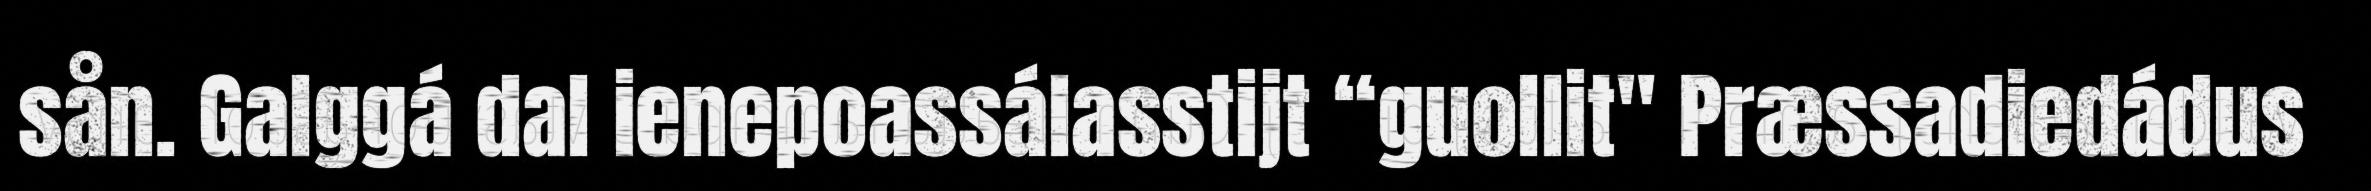
sån. Galggá dal ienepoassálasstijt “guollit" Præssadiedádus